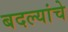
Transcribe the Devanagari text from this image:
बदल्यांचे